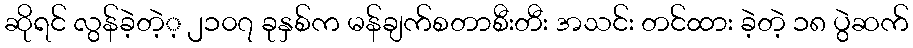
ဆိုရင် လွန်ခဲ့တဲ့့ ၂၁၀၇ ခုနှစ်က မန်ချက်စတာစီးတီး အသင်း တင်ထား ခဲ့တဲ့ ၁၈ ပွဲဆက်